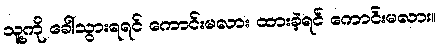
သူ့ကို ခေါ်သွားရရင် ကောင်းမလား ထားခဲ့ရင် ကောင်းမလား။